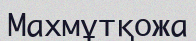
Махмұтқожа